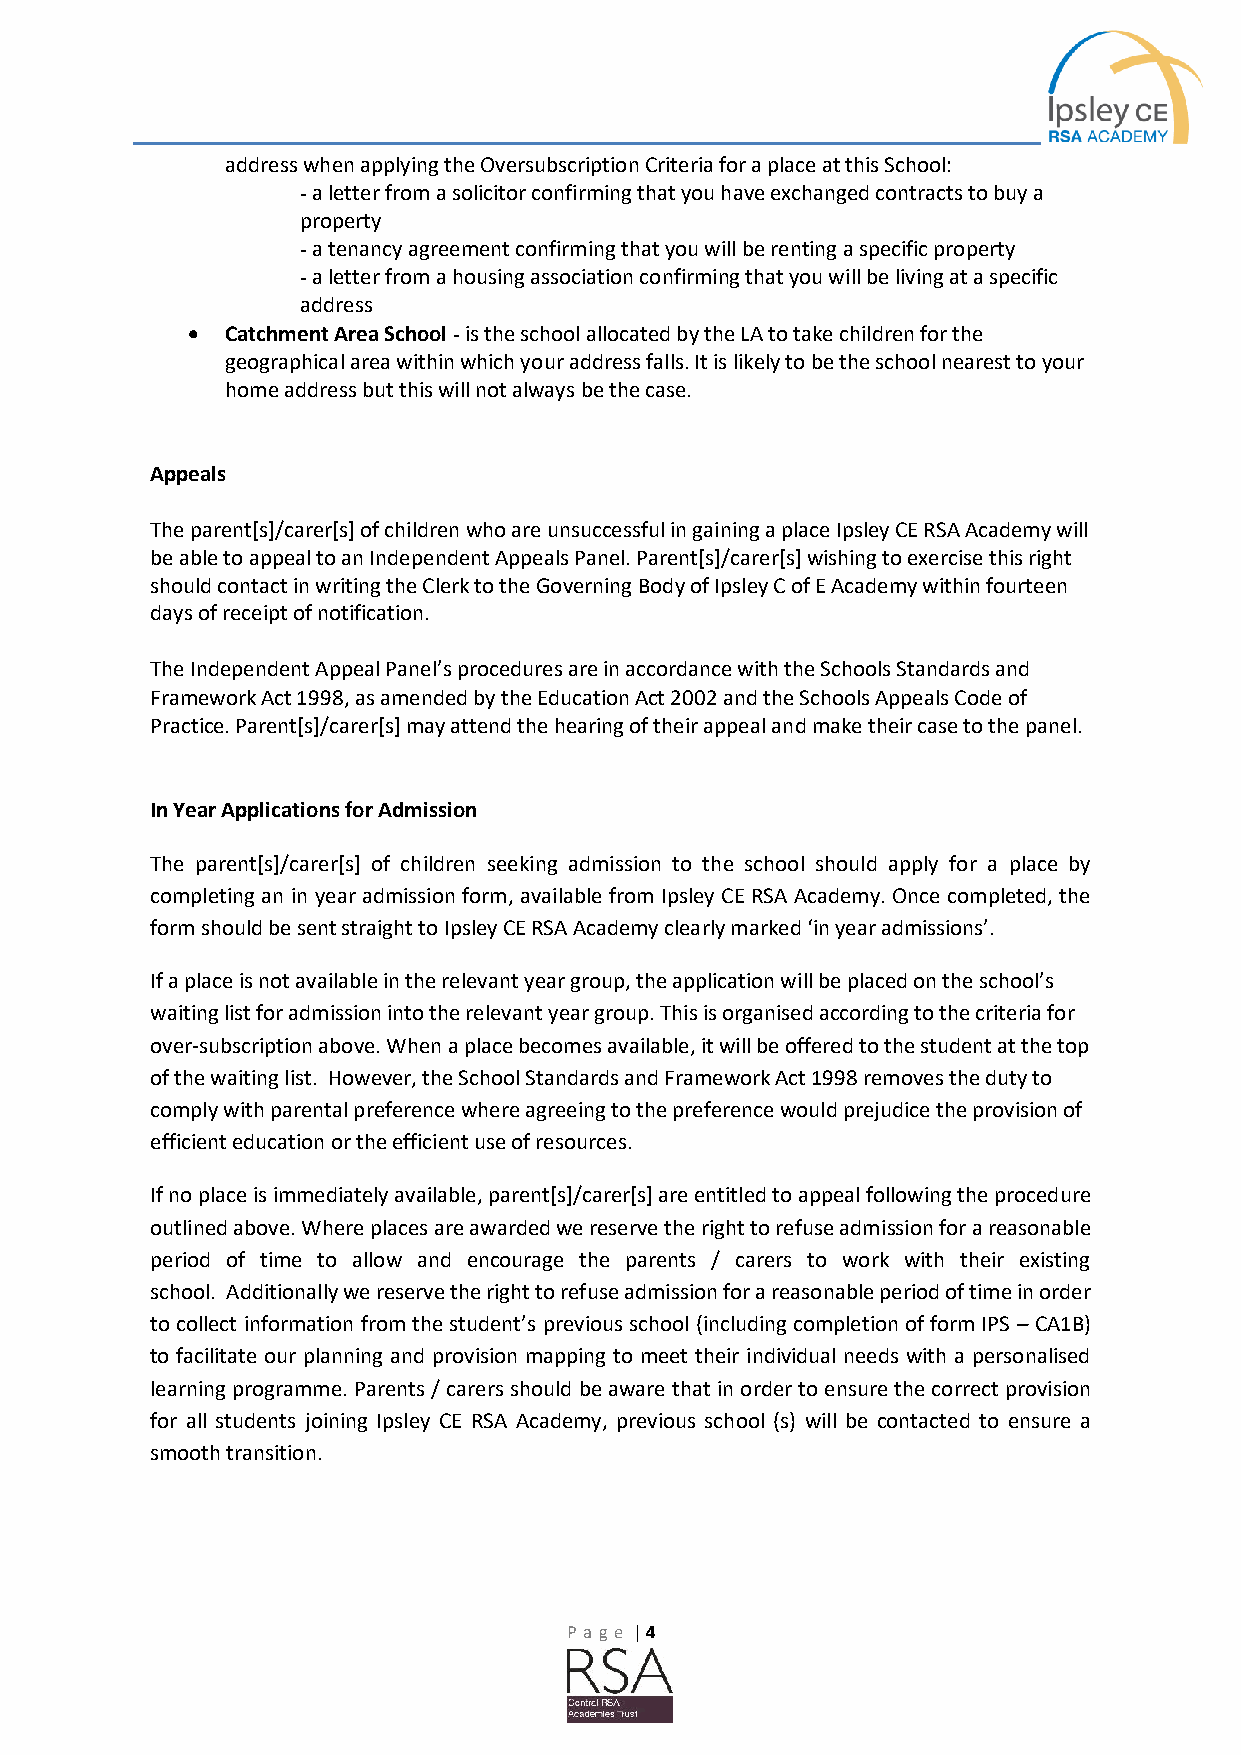
address when applying the Oversubscription Criteria for a place at this School:
 - a letter from a solicitor confirming that you have exchanged contracts to buy a
 property
 - a tenancy agreement confirming that you will be renting a specific property
 - a letter from a housing association confirming that you will be living at a specific
 address
   Catchment Area School - is the school allocated by the LA to take children for the
 geographical area within which your address falls. It is likely to be the school nearest to your
 home address but this will not always be the case.
 Appeals
 The parent[s]/carer[s] of children who are unsuccessful in gaining a place Ipsley CE RSA Academy will
 be able to appeal to an Independent Appeals Panel. Parent[s]/carer[s] wishing to exercise this right
 should contact in writing the Clerk to the Governing Body of Ipsley C of E Academy within fourteen
 days of receipt of notification.
 The Independent Appeal Panel’s procedures are in accordance with the Schools Standards and
 Framework Act 1998, as amended by the Education Act 2002 and the Schools Appeals Code of
 Practice. Parent[s]/carer[s] may attend the hearing of their appeal and make their case to the panel.
 In Year Applications for Admission
 The parent[s]/carer[s] of children seeking admission to the school should apply for a place by
 completing an in year admission form, available from Ipsley CE RSA Academy. Once completed, the
 form should be sent straight to Ipsley CE RSA Academy clearly marked ‘in year admissions’.
 If a place is not available in the relevant year group, the application will be placed on the school’s
 waiting list for admission into the relevant year group. This is organised according to the criteria for
 over-subscription above. When a place becomes available, it will be offered to the student at the top
 of the waiting list. However, the School Standards and Framework Act 1998 removes the duty to
 comply with parental preference where agreeing to the preference would prejudice the provision of
 efficient education or the efficient use of resources.
 If no place is immediately available, parent[s]/carer[s] are entitled to appeal following the procedure
 outlined above. Where places are awarded we reserve the right to refuse admission for a reasonable
 period of time to allow and encourage the parents / carers to work with their existing
 school. Additionally we reserve the right to refuse admission for a reasonable period of time in order
 to collect information from the student’s previous school (including completion of form IPS – CA1B)
 to facilitate our planning and provision mapping to meet their individual needs with a personalised
 learning programme. Parents / carers should be aware that in order to ensure the correct provision
 for all students joining Ipsley CE RSA Academy, previous school (s) will be contacted to ensure a
 smooth transition.
 P age | 4